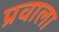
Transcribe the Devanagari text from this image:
प्रवाला